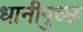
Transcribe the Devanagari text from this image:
धानीगुच्छ